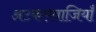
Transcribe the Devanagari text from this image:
अटकलबाजियाँ